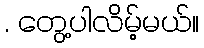
. တွေ့ပါလိမ့်မယ်။